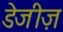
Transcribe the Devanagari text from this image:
डेजीज़